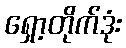
ရှော့တိုက်ဒုံး